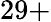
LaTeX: {29+}